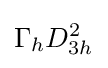
\Gamma _{h}D_{3h}^{2}